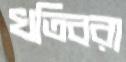
খতিবরা